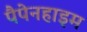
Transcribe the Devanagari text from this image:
पैपेनहाइम